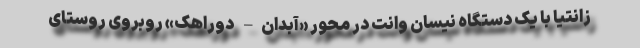
زانتیا با یک دستگاه نیسان وانت در محور «آبدان– دوراهک» روبروی روستای